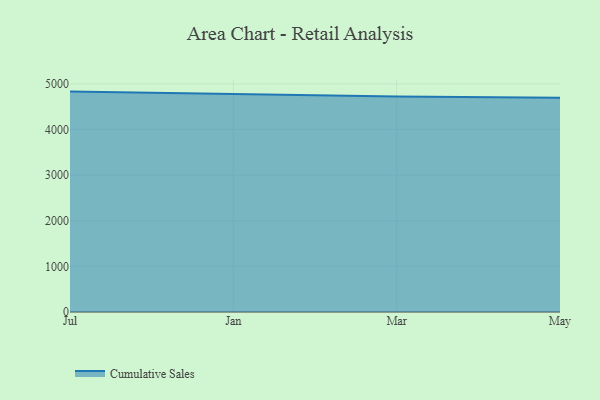
{"axis": {"x": "Month", "y": "Market Share (%)"}, "legend": ["Cumulative Sales"], "data": [{"x": "Jul", "y": 4831.4, "type": "Cumulative Sales"}, {"x": "Jan", "y": 4785.4, "type": "Cumulative Sales"}, {"x": "Mar", "y": 4724.0, "type": "Cumulative Sales"}, {"x": "May", "y": 4695.1, "type": "Cumulative Sales"}]}